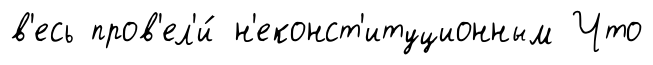
в'есь пров'ел'и́ н'еконст'итуционным Что